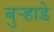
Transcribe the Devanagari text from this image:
बुऱ्हाडे